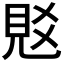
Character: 覐